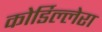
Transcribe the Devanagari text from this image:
कोर्डिल्लेरा